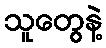
သူတွေနဲ့